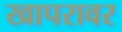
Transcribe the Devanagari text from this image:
खापरावर